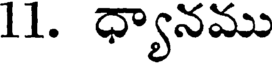
11. ధ్యానము